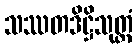
သဿတဒိဋ္ဌိသုတ္တံ